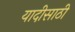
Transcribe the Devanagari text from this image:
यादीसाठी